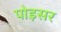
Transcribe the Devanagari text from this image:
पोइसर